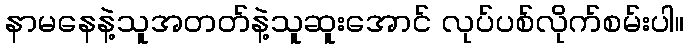
နာမနေနဲ့သူအတတ်နဲ့သူဆူးအောင် လုပ်ပစ်လိုက်စမ်းပါ။